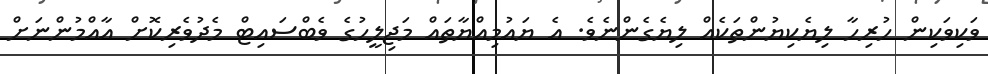
ވަކިވަކިން ހުރިހާ ލިޔެކިޔުންތަކެއް ލިޔެގެންނެވެ. އެ ޔައުމިއްޔާތައް މަޖިލީހުގެ ވެބްސައިޓް މެދުވެރިކޮށް އާއްމުންނަށް